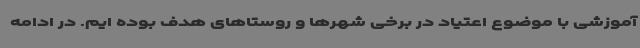
آموزشی با موضوع اعتیاد در برخی شهرها و روستاهای هدف بوده ایم. در ادامه